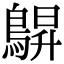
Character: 鵿